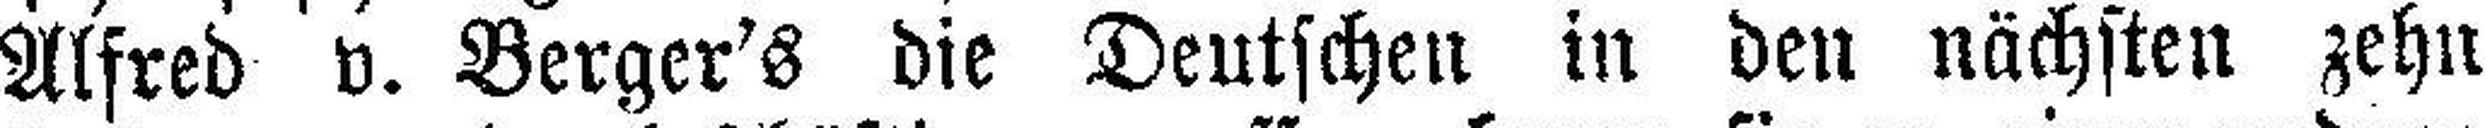
Alfred v. Berger's die Deutschen in den nächsten zehn